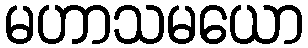
မဟာသမယော